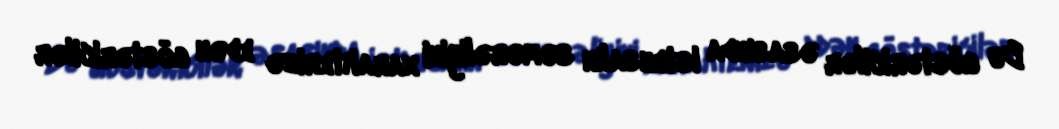
Bu göstəricilər əsasında istehsalın səmərəliyini xarakterizə edən göstəricilər